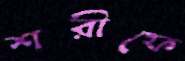
শরীফে